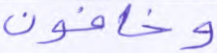
وخافون